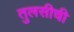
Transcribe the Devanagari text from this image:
तुलसीची